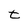
Character: t